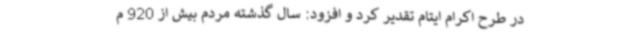
در طرح اکرام ایتام تقدیر کرد و افزود: سال گذشته مردم بیش از 920 م